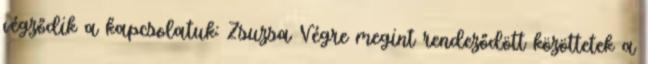
végződik a kapcsolatuk: Zsuzsa Végre megint rendeződött közöttetek a